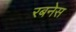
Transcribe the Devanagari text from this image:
रबनेस